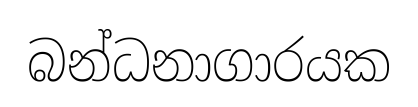
බන්ධනාගාරයක